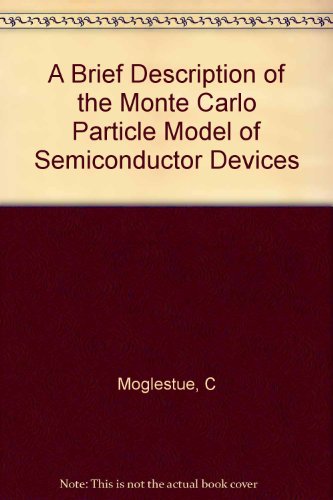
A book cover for A Brief Description of the Monte Carlo Particle Model of Semiconductor Devices; C Moglestue; Travel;